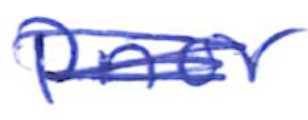
Text: Prior
Cross-out: scratch
Writing tool: ballpoint